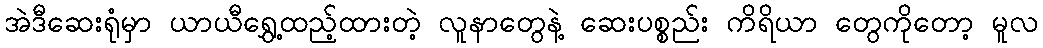
အဲဒီဆေးရုံမှာ ယာယီရွှေ့ထည့်ထားတဲ့ လူနာတွေနဲ့ ဆေးပစ္စည်း ကိရိယာ တွေကိုတော့ မူလ